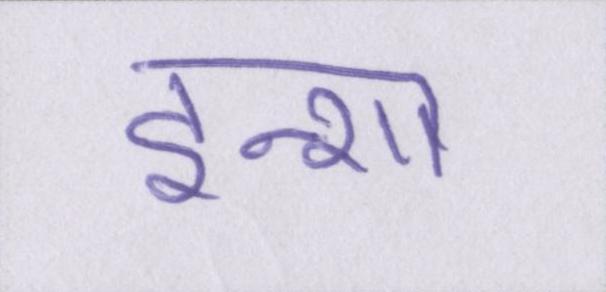
इन्शा